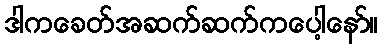
ဒါကခေတ်အဆက်ဆက်ကပေါ့နော်။